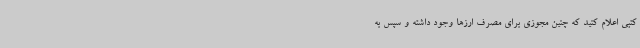
کتبی اعلام کنید که چنین مجوزی برای مصرف ارزها وجود داشته و سپس به